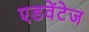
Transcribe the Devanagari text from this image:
एडवेंटेज